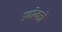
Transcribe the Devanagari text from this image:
प्रयोक्तों